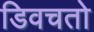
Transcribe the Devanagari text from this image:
डिवचतो